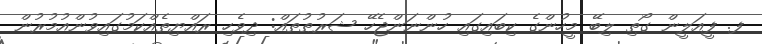
ފ. ފީއަލީން ގޯތި ލިބޭ މީހުންގެ ކިބައިގައި ހުންނަންޖެހޭ ޝަރުޠުތައް: ދިވެހި ރައްޔިތެއްކަމުގައިވުންއުމުރުން